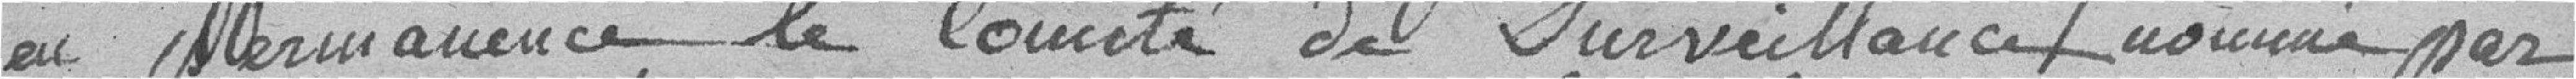
en permanence le comité de surveillance assuré par